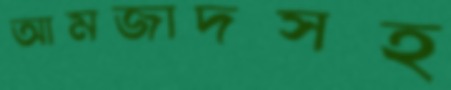
আমজাদসহ